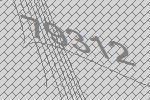
79312